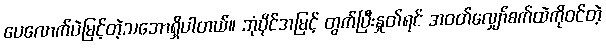
ပေလောက်ပဲမြင့်တဲ့သဘောရှိပါတယ်။ ဘုံပိုင်အမြင့် တွက်ပြီးနှုတ်ရင် အဝတ်လျှော်စက်ထဲကိုဝင်တဲ့